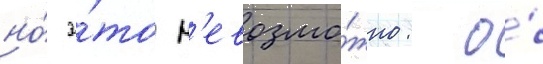
но́ э́то н'евозмо́жно: о́